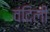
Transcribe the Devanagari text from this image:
वंदिली